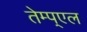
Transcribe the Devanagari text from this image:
तेम्प्एल